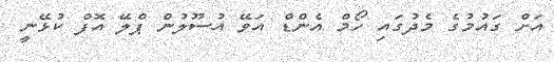
އަށް ގައުމުގެ މެދުގައި ހޯމް އެންޑް އަވޭ އުސޫލުން ޕްލޭ އޮފް ކުޅޭނީ